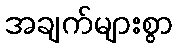
အချက်များစွာ